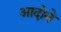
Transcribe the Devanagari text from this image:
आदोने